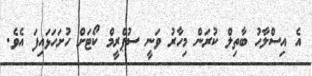
އެ އިސްލާހު ބާތިލް ކުރަން މިހާރު ވަނީ ސުޕްރީމް ކޯޓަށް ހުށަހަޅައިފަ އެވެ.